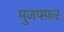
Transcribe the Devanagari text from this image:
मुजफ्फ़र